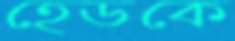
হেডকে